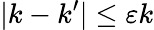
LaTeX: |k-k^{\prime}|\leq\varepsilon k